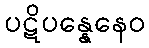
ပဋိပန္နေနေဝ